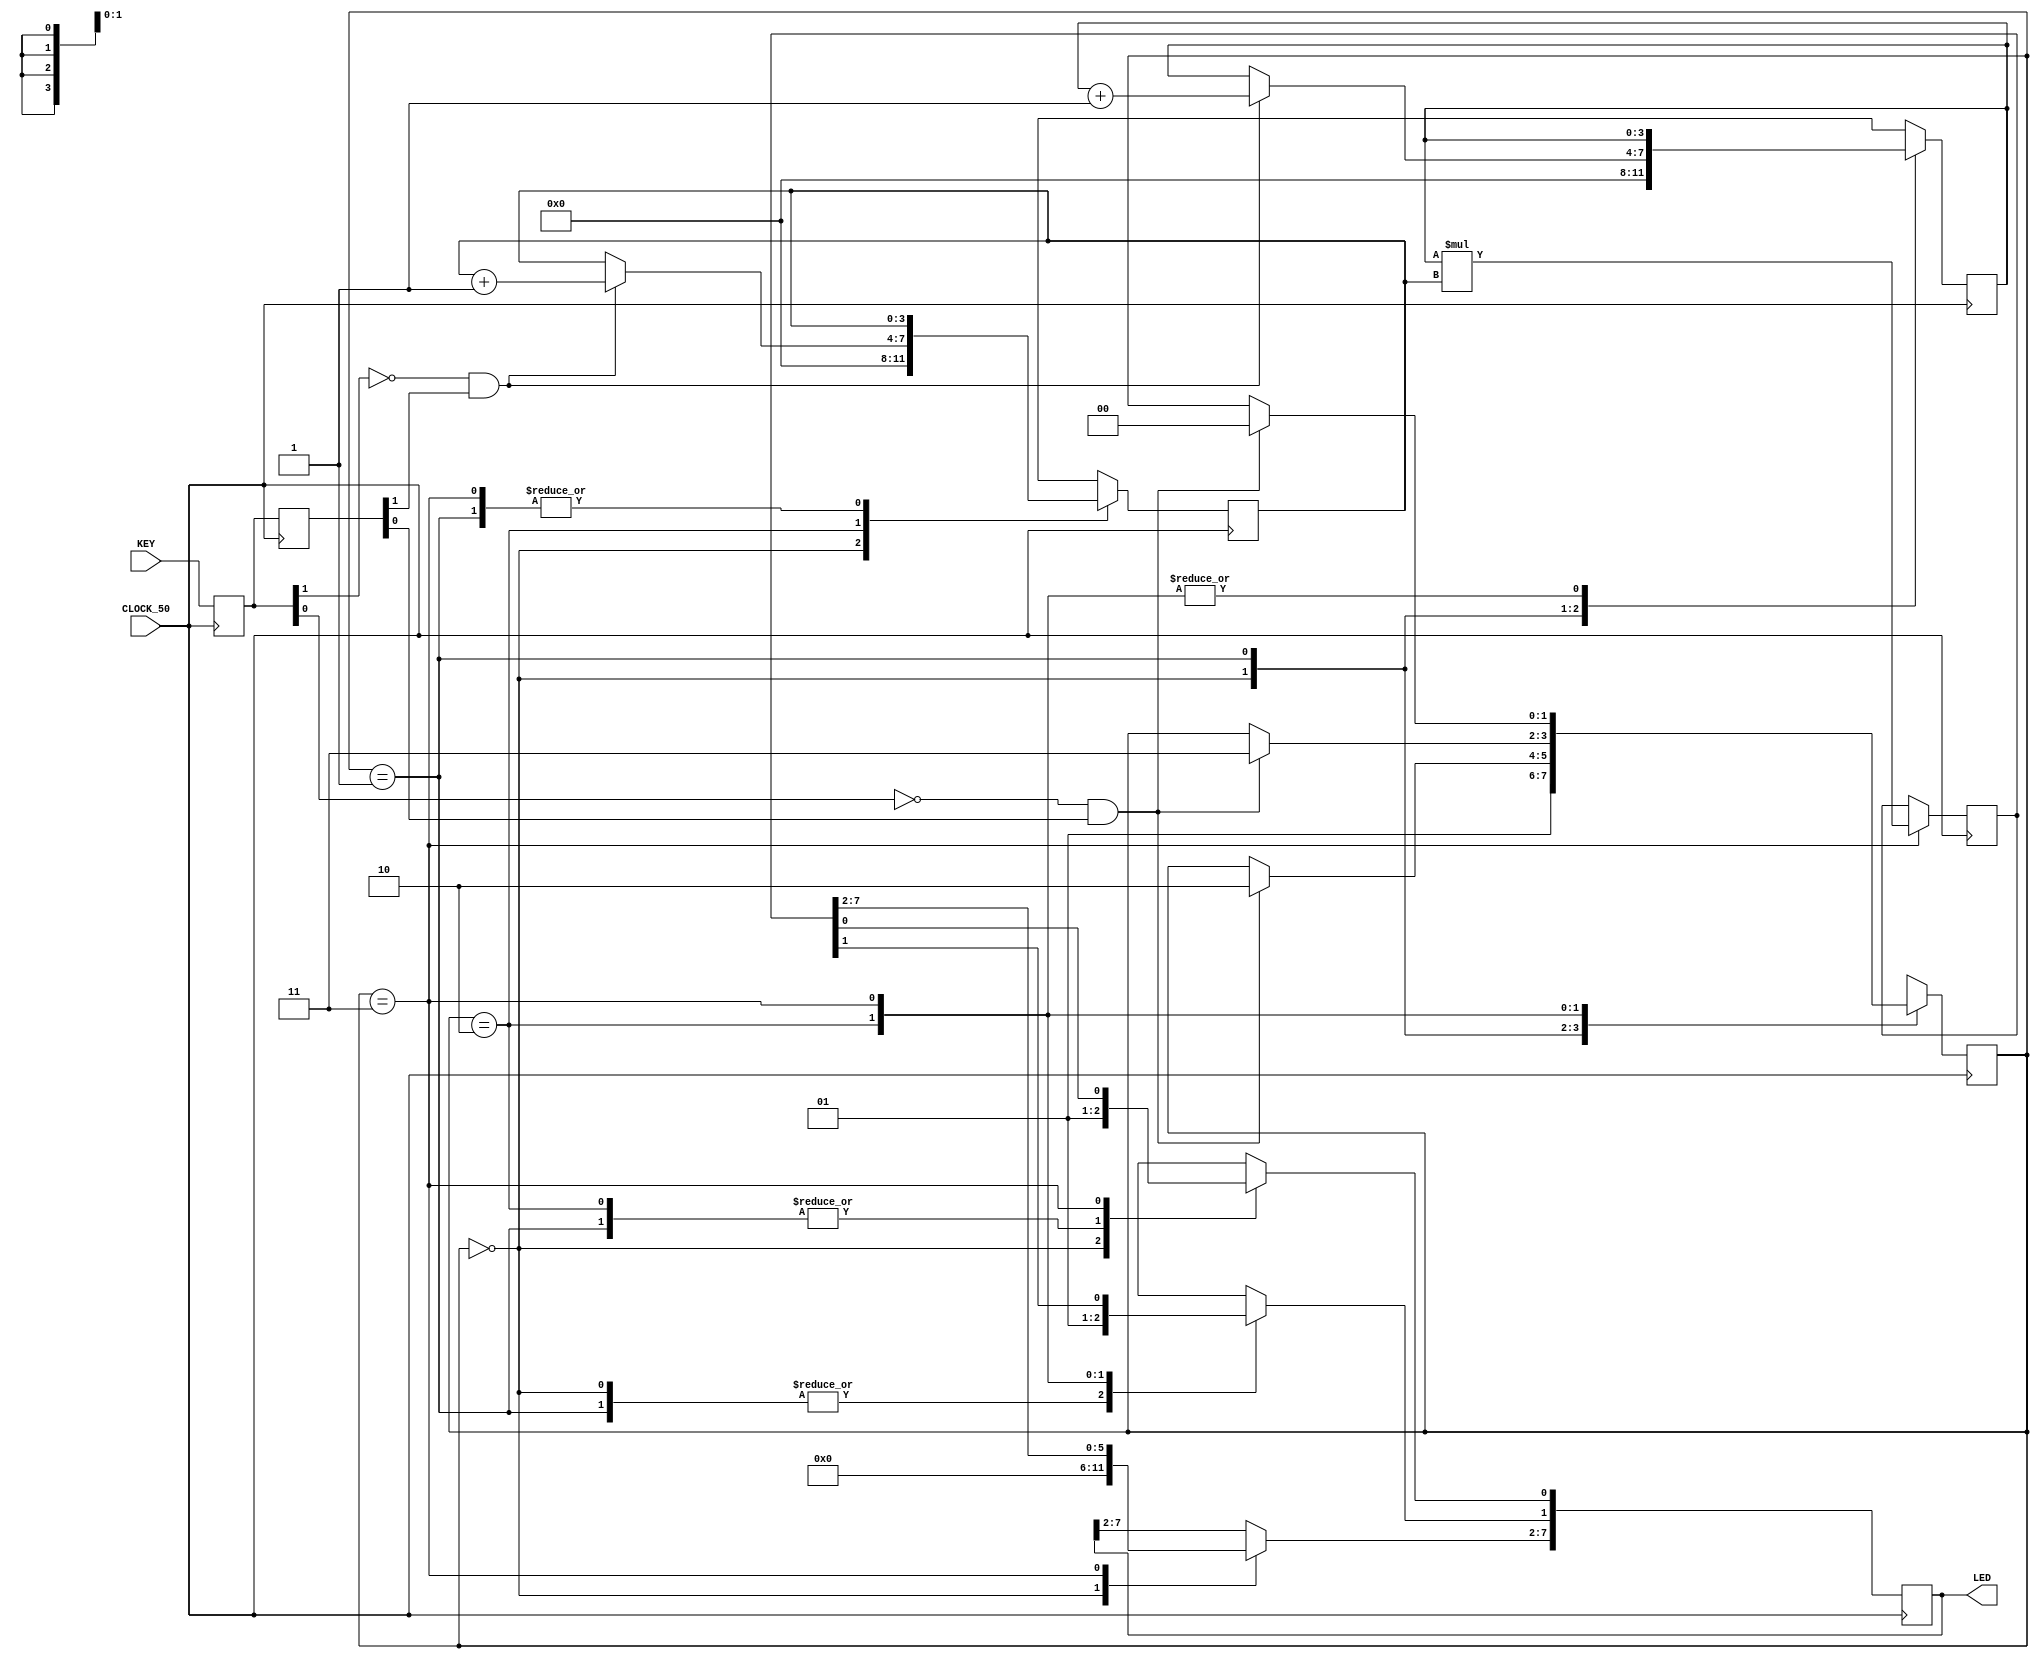
module de0_nano_soc_baseline(
	input CLOCK_50,
	input	[1:0]	KEY,
	output reg [7:0] LED);
	 
    parameter S0 = 2'b0000;
    parameter S1 = 2'b0001;
    parameter S2 = 2'b0010;
    parameter S3 = 2'b0011;
	 
	 reg [1:0] state=0;
	 reg [3:0] press_counter_A=0;
	 reg [3:0] press_counter_B=0;
	 reg [7:0] product=0;
	 reg [1:0] keyreg, keyregpp;
	 
	 wire flag1trig,flag0trig;
	 assign flag1trig=~keyreg[1] && keyregpp[1];
	 assign flag0trig=~keyreg[0] && keyregpp[0];
	 
    always @ (posedge CLOCK_50) begin
	 
	 keyreg<=KEY;  //butt became reg
	 keyregpp<=keyreg; 
	 
    case (state)
	 
    S0: 	begin
			LED[7:0]<=0;
			press_counter_A=0;
			press_counter_B=0;
			state = S1;
			end
			
    S1:  begin
			LED[0]<=1; LED[1]<=0;
			if (flag1trig) press_counter_A=press_counter_A+1; 
			if (flag0trig) state = S2;
		   end
			
    S2:  begin
			LED[0]<=1; LED[1]<=1;
			if (flag1trig) press_counter_B=press_counter_B+1;
			if (flag0trig) state = S3;
			end
			
    S3:  begin
			product <= press_counter_A * press_counter_B;
			LED[7:0]	<= product;
			if (flag0trig) state = S0;
			end
			
    default: state = S0;
    endcase
	 end
	 
    endmodule